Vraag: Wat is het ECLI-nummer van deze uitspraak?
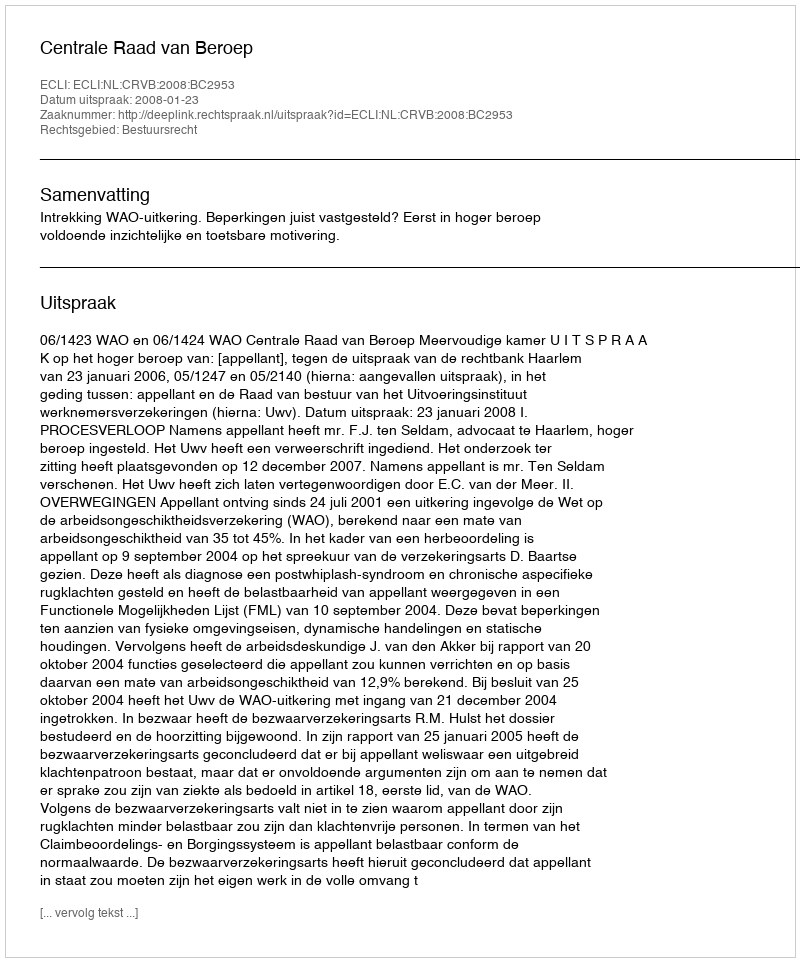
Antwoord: ECLI:NL:CRVB:2008:BC2953